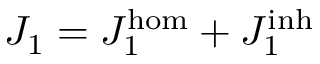
{ J _ { 1 } = { J _ { 1 } ^ { \mathrm { { h o m } } } } + { J _ { 1 } ^ { \mathrm { { i n h } } } } }